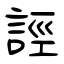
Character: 誙